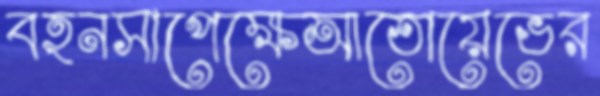
বহনসাপেক্ষেআতোয়েভের